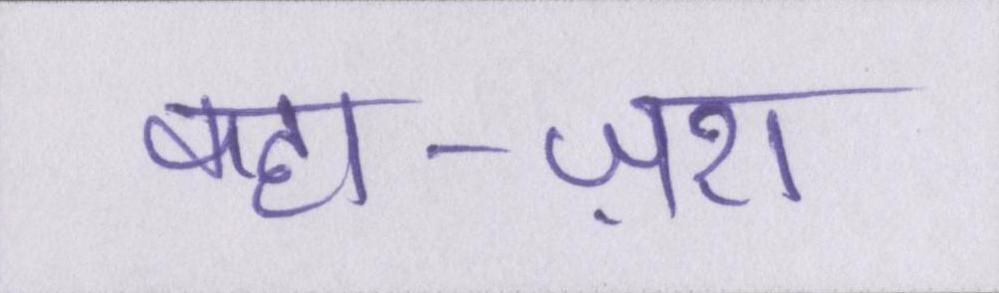
कहा-ज़रा